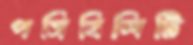
পসিবিলিটি